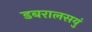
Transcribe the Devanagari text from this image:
डबरालसयुं